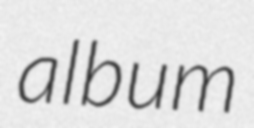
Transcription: album